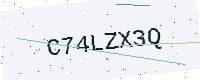
Text: C74LZX3Q